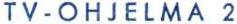
TV-OHJELMA 2